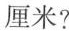
厘米?